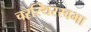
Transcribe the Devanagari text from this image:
चरस्थिरस्वभा